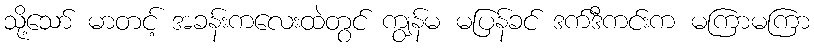
သို့သော် မာတင့် အခန်းကလေးထဲတွင် ကျွန်မ မပြန်ခင် ဒက်ဒီကင်းက မကြာမကြာ